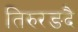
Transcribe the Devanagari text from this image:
तिरुरङदै